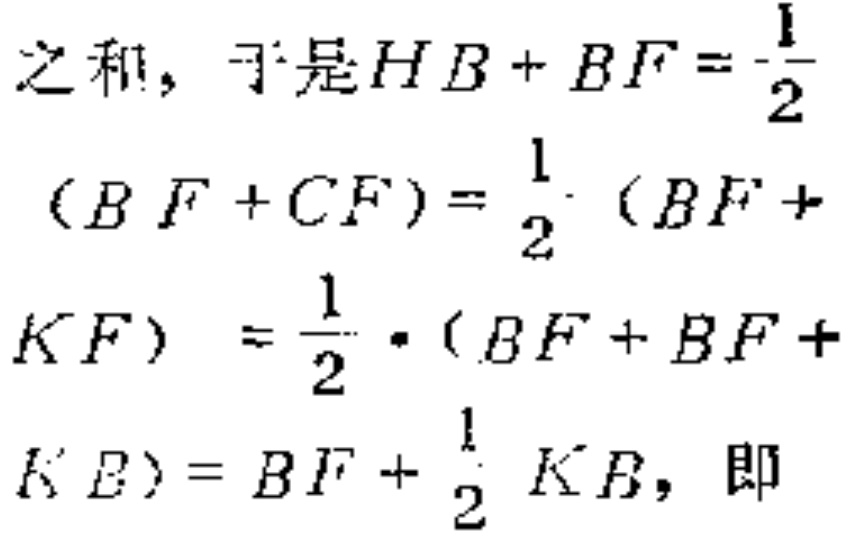
之和，于是\(HB + BF=\frac{1}{2}\)
\((BF + CF)=\frac{1}{2}(BF +\)
\(KF)=\frac{1}{2}\cdot(BF + BF +\)
\(KB)=BF+\frac{1}{2}KB\)，即